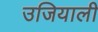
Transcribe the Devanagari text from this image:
उजियाली